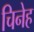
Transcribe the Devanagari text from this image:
चिनेह